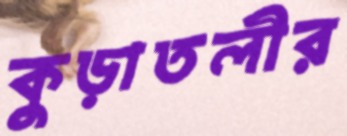
কুড়াতলীর